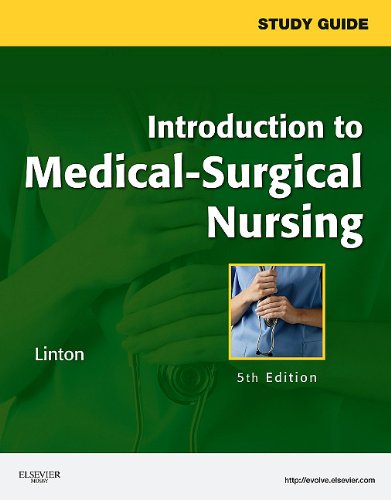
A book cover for Study Guide for Introduction to Medical-Surgical Nursing, 5e; Adrianne Dill Linton PhD  RN  FAAN; Medical Books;